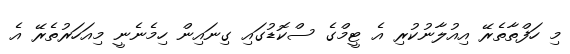
މި ހަފްތާތެރޭ އިއުލާނުކުރި އެ ޓީމްގެ ސްކޮޑުގައި ގިނައިން ހިމެނެނީ މިއަހަރުތެރޭ އެ